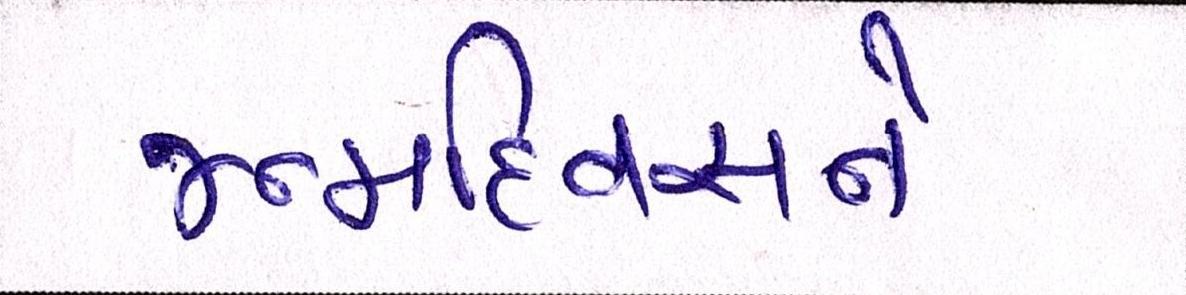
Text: જન્મદિવસને